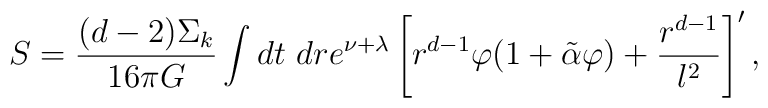
S=\frac{(d-2)\Sigma_k}{16\pi G}\int dt\ dr e^{\nu+\lambda}\left [ r^{d-1} \varphi (1+\tilde \alpha \varphi) +\frac{r^{d-1}}{l^2}\right]',